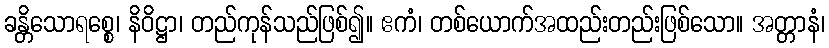
ခန္တိသောရစ္စေ၊ နိဝိဋ္ဌာ၊ တည်ကုန်သည်ဖြစ်၍။ ဧကံ၊ တစ်ယောက်အထည်းတည်းဖြစ်သော။ အတ္တာနံ၊